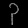
Digit: ၃